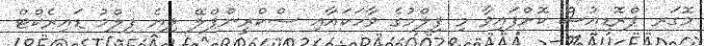
މޮގަރ ޕްރޮޑިއުސް ކޮށްފައިވާ މި ފިލްމުގެ ވާހަކައާއި ސްކްރީންޕްލޭ ލިޔެ ފިލްމު ޑައިރެކްޓް